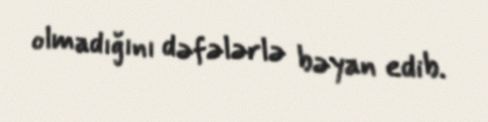
olmadığını dəfələrlə bəyan edib.